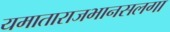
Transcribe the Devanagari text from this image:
यमाताराजभानसलगा